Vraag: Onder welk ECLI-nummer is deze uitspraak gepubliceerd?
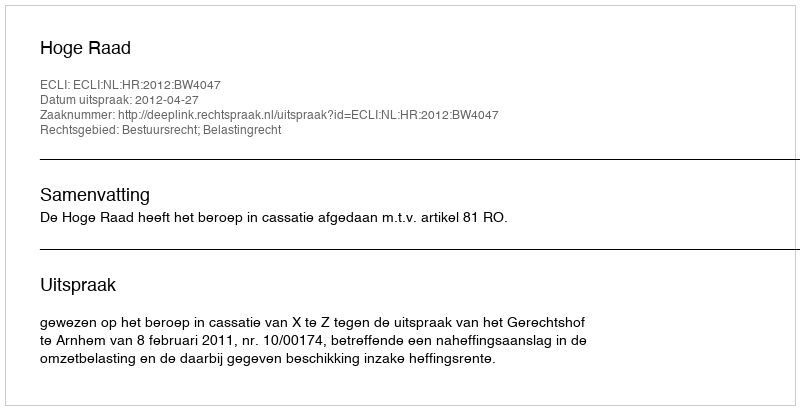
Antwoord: ECLI:NL:HR:2012:BW4047